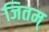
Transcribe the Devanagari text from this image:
जितम्